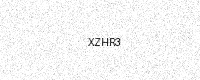
Text: XZHR3